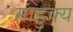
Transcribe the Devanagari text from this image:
मांडुक्य